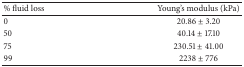
| % fluid loss | Young's modulus (kPa) |
 | --- | --- |
 | 0 | 20.86 ± 3.20 |
 | 50 | 40.14 ± 17.10 |
 | 75 | 230.51 ± 41.00 |
 | 99 | 2238 ± 776 |